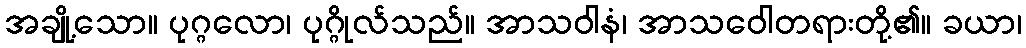
အချို့သော။ ပုဂ္ဂလော၊ ပုဂ္ဂိုလ်သည်။ အာသဝါနံ၊ အာသဝေါတရားတို့၏။ ခယာ၊